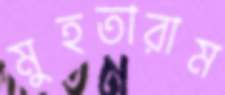
মুহতারাম